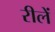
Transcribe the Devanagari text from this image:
रीलें